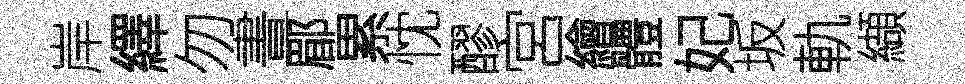
岸繹勿晝郿累忱醪宮繪體妃坂軌纈